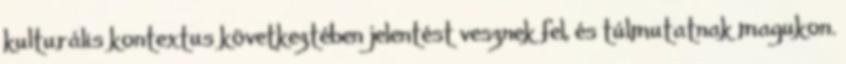
kulturális kontextus következtében jelentést vesznek fel, és túlmutatnak magukon.